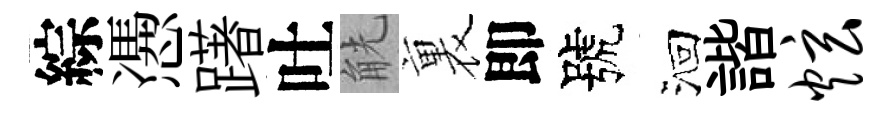
綜慿躇吐觥裏即號洄諧炫